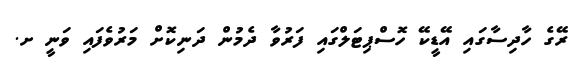
ރޭގެ ހާދިސާގައި އޭޑީކޭ ހޮސްޕިޓަލްގައި ފަރުވާ ދެމުން ދަނިކޮށް މަރުވެފައި ވަނީ ށ.